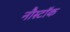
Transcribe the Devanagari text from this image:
नौस्टॉक